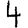
Digit: 4